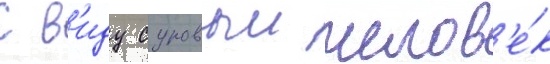
С в'иду суровыи челов'е́к